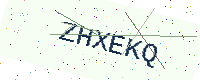
Text: ZHXEKQ